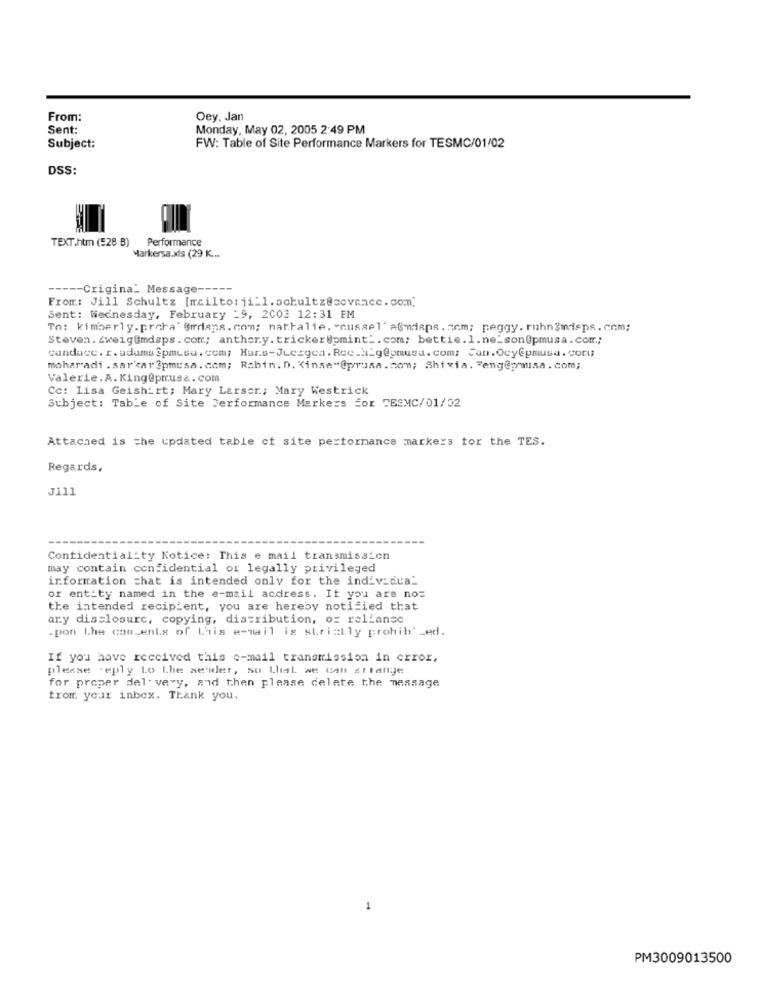
From:
Oey. Jan
Sent:
Monday, May 02, 2005 2:49 PM
Subject:
FW: Table of Site Performance Markers for TESMC/01/02
DSS:
TEXT.htm (=28 B)
Performance
Markersa.xls (29 K ...
----- Crigina_ Message -----
From: Jill Schultz [mailto: ji_1. schultz@scvance. com]
Sent: Wednesday, February -9, 2003 12:31 FM
To: kimberly.praha' @rrdans.com; nathalie. "cusael" AGwdiapa.com; peggy. ruhn3misps.com;
Steven. ZweigGmdsps. com; anther.y. tricker@pmint -. com; bettie.1.ne_son@pmusa. com .;
candace. r. adams Spmusu. com; Hars-Juezgen. Rec.2_gepmusa. com; Jan.OcyCpmusa.com;
moharadi .sar'kar3pmusa. com; Rabin. D. Kinse"@prusa.com; Shixia. eng@prusa.com;
Valerie. A. King@prrus&. com
Cc: Lisa Geishirt; Mary Larsor .; Mary Westrick
Subject: Table of Site Performance Markers for TESMC/01/32
Attached is the updated table ct site performance markers for the TES.
Regards,
Jill
Contidentiality Notice: This e mail transmission
may contain confidential or legally privileged
information that is intended only for the individual
or entity named in the e-mail acdress. It you are no=
the intended recipient, you are hereby notified that
ary disclosure, copying, distribution, or reliance
-pon Lhe com.enla of this e-mail is strictly prohibi Led.
If you have received this e-mail transmission in error,
please .eply Lo Lhe sender, so that we Call strange
for proper del- very, and then please delete the message
from your inbox. Thank you.
1
PM3009013500